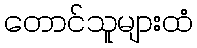
တောင်သူများထံ